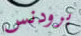
برودنس